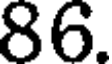
86.